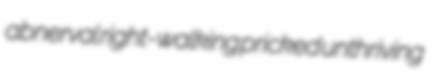
abnerval right-walking pricked unthriving